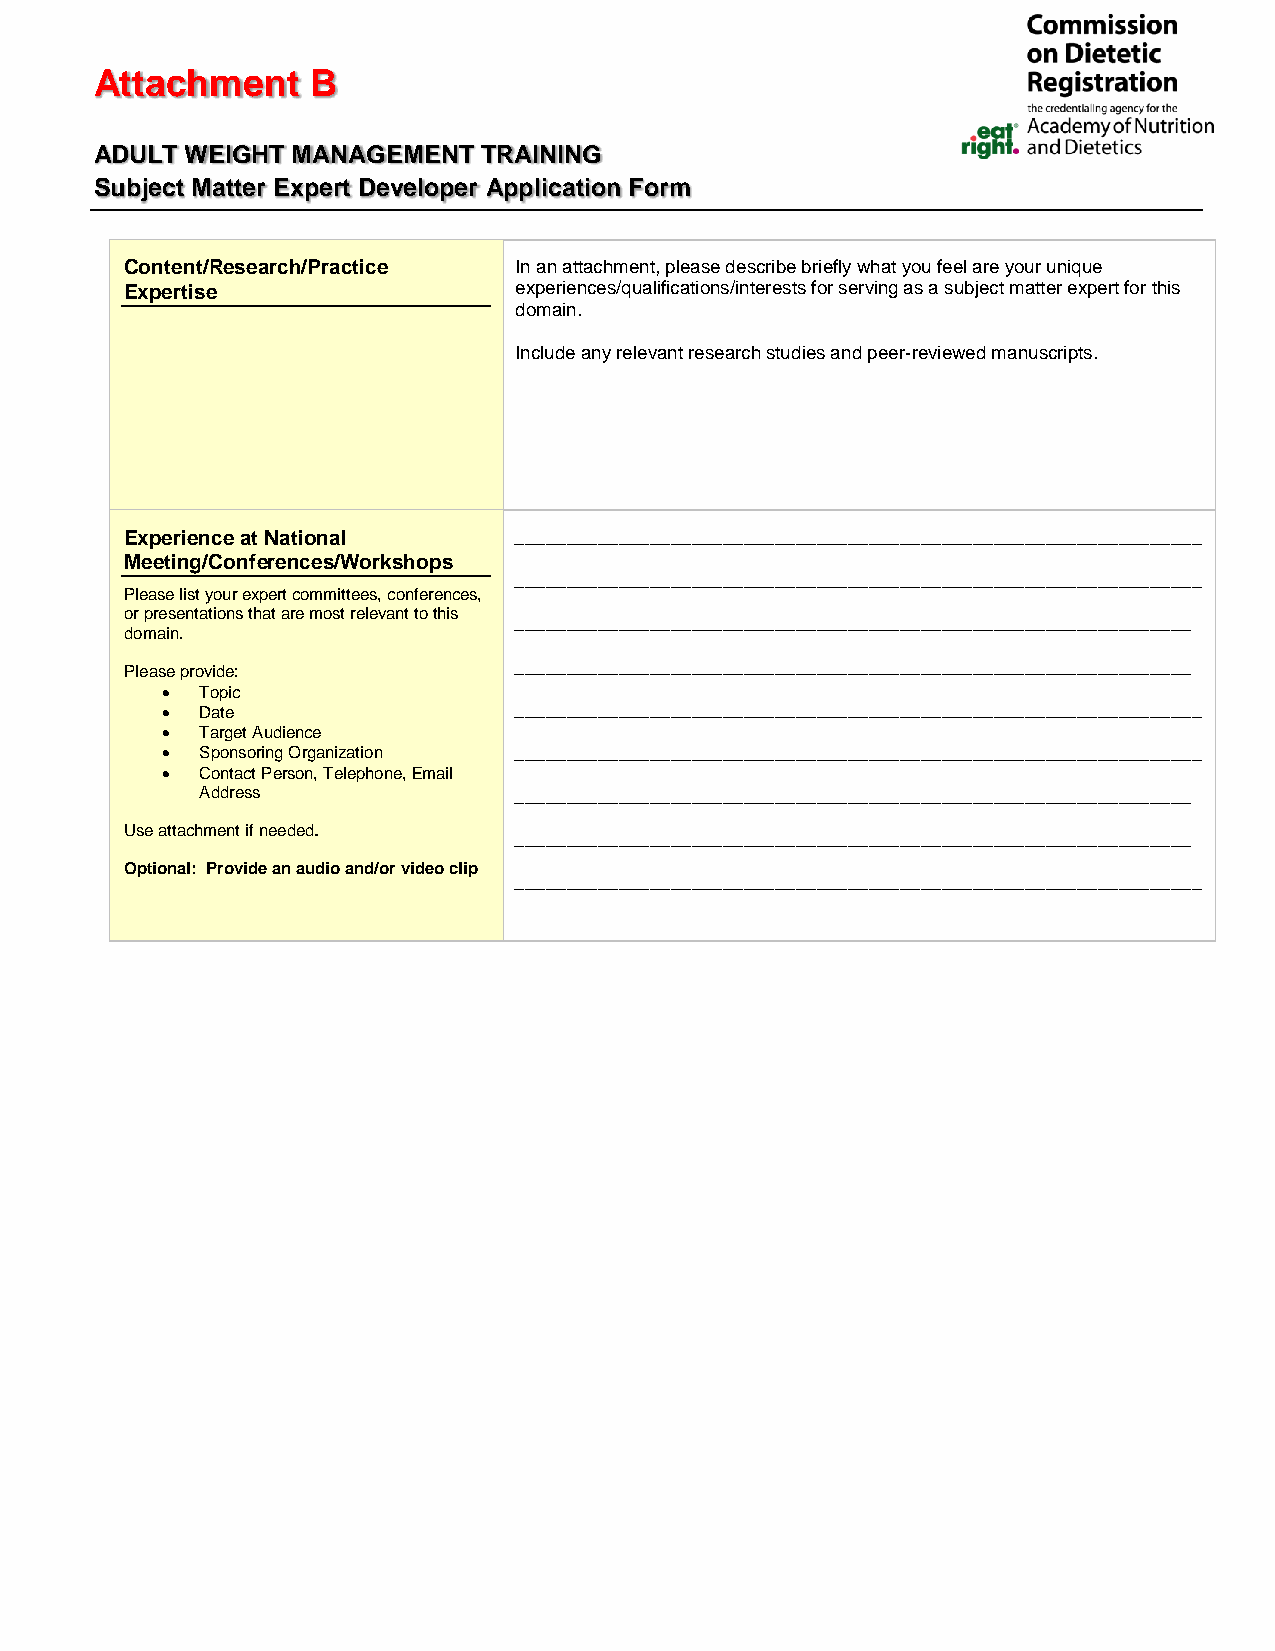
Attachment     B
 ADULT WEIGHT MANAGEMENT   TRAINING
 Subject Matter Expert Developer Application Form
 Content/Research/Practice In an attachment, please describe briefly what you feel are your unique
 Expertise                 experiences/qualifications/interests for serving as a subject matter expert for this
 domain.
 Include any relevant research studies and peer-reviewed manuscripts.
 Experience at National    __________________________________________________________________
 Meeting/Conferences/Workshops
 __________________________________________________________________
 Please list your expert committees, conferences,
 or presentations that are most relevant to this
 _________________________________________________________________
 domain.
 Please provide:           _________________________________________________________________
  Topic
  Date                 __________________________________________________________________
  Target Audience
  Sponsoring Organization __________________________________________________________________
  Contact Person, Telephone, Email
 Address              _________________________________________________________________
 Use attachment if needed.
 _________________________________________________________________
 Optional: Provide an audio and/or video clip
 __________________________________________________________________